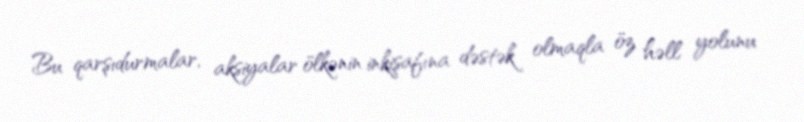
Bu qarşıdurmalar, aksiyalar ölkənin inkişafına dəstək olmaqla öz həll yolunu